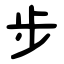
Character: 步